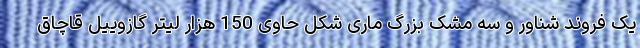
یک فروند شناور و سه مشک بزرگ ماری شکل حاوی 150 هزار لیتر گازوییل قاچاق